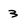
Character: 3